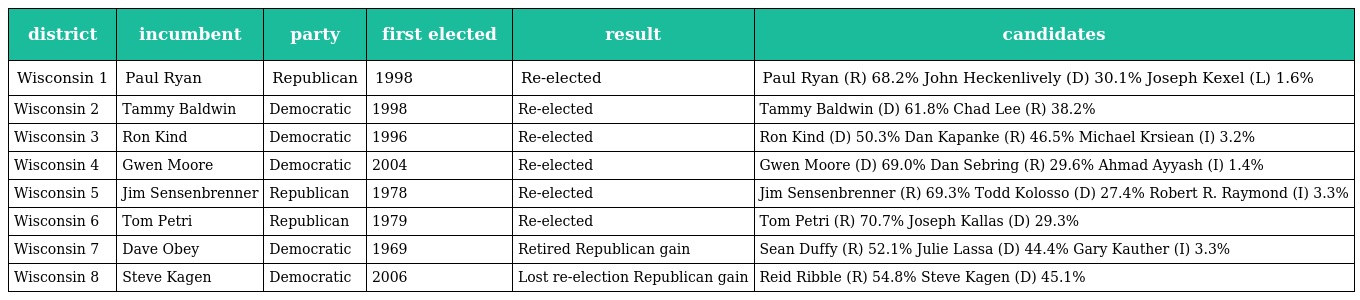
| district | incumbent | party | first elected | result | candidates |
 | --- | --- | --- | --- | --- | --- |
 | Wisconsin 1 | Paul Ryan | Republican | 1998 | Re-elected | Paul Ryan (R) 68.2% John Heckenlively (D) 30.1% Joseph Kexel (L) 1.6% |
 | Wisconsin 2 | Tammy Baldwin | Democratic | 1998 | Re-elected | Tammy Baldwin (D) 61.8% Chad Lee (R) 38.2% |
 | Wisconsin 3 | Ron Kind | Democratic | 1996 | Re-elected | Ron Kind (D) 50.3% Dan Kapanke (R) 46.5% Michael Krsiean (I) 3.2% |
 | Wisconsin 4 | Gwen Moore | Democratic | 2004 | Re-elected | Gwen Moore (D) 69.0% Dan Sebring (R) 29.6% Ahmad Ayyash (I) 1.4% |
 | Wisconsin 5 | Jim Sensenbrenner | Republican | 1978 | Re-elected | Jim Sensenbrenner (R) 69.3% Todd Kolosso (D) 27.4% Robert R. Raymond (I) 3.3% |
 | Wisconsin 6 | Tom Petri | Republican | 1979 | Re-elected | Tom Petri (R) 70.7% Joseph Kallas (D) 29.3% |
 | Wisconsin 7 | Dave Obey | Democratic | 1969 | Retired Republican gain | Sean Duffy (R) 52.1% Julie Lassa (D) 44.4% Gary Kauther (I) 3.3% |
 | Wisconsin 8 | Steve Kagen | Democratic | 2006 | Lost re-election Republican gain | Reid Ribble (R) 54.8% Steve Kagen (D) 45.1% |